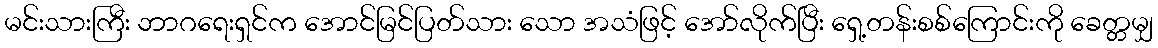
မင်းသားကြီး ဘာဂရေးရှင်က အောင်မြင်ပြတ်သား သော အသံဖြင့် အော်လိုက်ပြီး ရှေ့တန်းစစ်ကြောင်းကို ခေတ္တမျှ